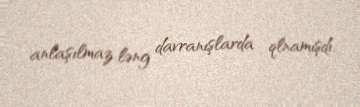
anlaşılmaz ləng davranışlarda qlnamışdı.